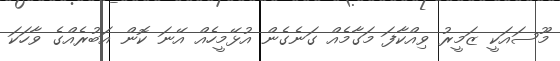
މޫސައަކީ ޒަމީރު ވިއްކާފަ މަގާމެއް ގަނެގެން އުޅޭމީހެެއް އޭނަ ކޮން އަބުރެއްގެ ވާހަކަ